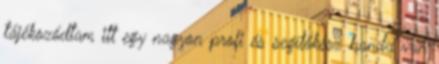
tájékozódtam itt egy nagyon profi és segítőkész banda van